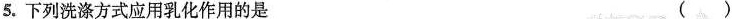
5.下列洗涤方式应用乳化作用的是 ()